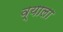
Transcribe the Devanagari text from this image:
व्याला